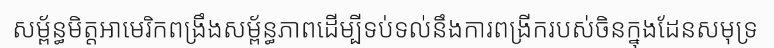
សម្ព័ន្ធមិត្តអាមេរិកពង្រឹងសម្ព័ន្ធភាពដើម្បីទប់ទល់នឹងការពង្រីករបស់ចិនក្នុងដែនសមុទ្រ